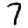
Digit: 7